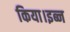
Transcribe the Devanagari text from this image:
किया।इब्न